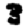
Digit: 3